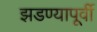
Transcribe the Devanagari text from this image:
झडण्यापूर्वी